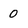
Character: 0